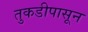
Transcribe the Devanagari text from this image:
तुकडीपासून